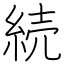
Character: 続